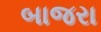
બાજરા